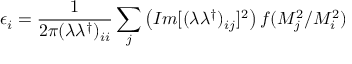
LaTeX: \epsilon _ { i } = \frac { 1 } { 2 \pi ( \lambda \lambda ^ { \dagger } ) _ { i i } } \sum _ { j } \left( I m [ ( \lambda \lambda ^ { \dagger } ) _ { i j } ] ^ { 2 } \right) f ( M _ { j } ^ { 2 } / M _ { i } ^ { 2 } )